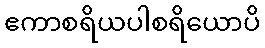
ဧကာစရိယပါစရိယောပိ